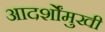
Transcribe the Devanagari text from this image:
आदर्शोंमुखी